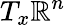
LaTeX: T_{x}\mathbf{\mathbb{R}}^{n}